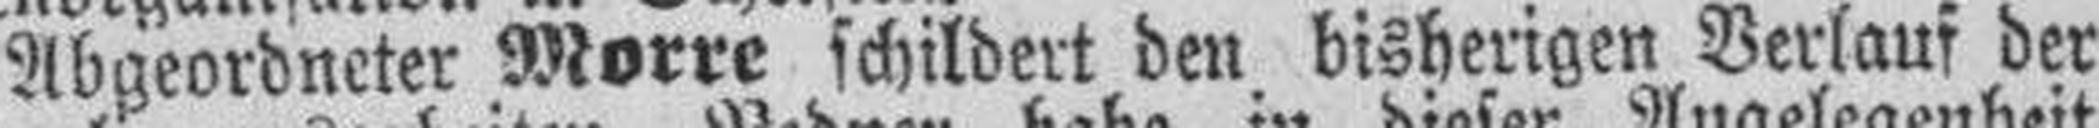
Abgeordneter Morre schildert den bisherigen Verlauf der